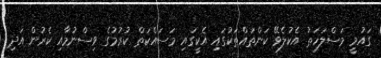
ގައުމީ މަސްލަހަތު އެކުލެވޭ ކަންތައްތަކުގައި އެކީގައި މަސައްކަތް ކުރުމުގެ ވިސްނުމާއި ކެރުން އަދި